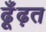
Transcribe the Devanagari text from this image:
ढूँढ़त